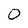
Character: 0